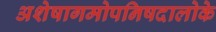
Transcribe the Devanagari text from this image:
अशेषागमोपनिषदालोके